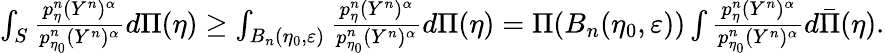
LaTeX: \begin{array}{r}{\int_{S}\frac{p_{\eta}^{n}(Y^{n})^{\alpha}}{p_{\eta_{0}}^{n}(Y^{n})^{\alpha}}d\Pi(\eta)\geq\int_{B_{n}(\eta_{0},\varepsilon)}\frac{p_{\eta}^{n}(Y^{n})^{\alpha}}{p_{\eta_{0}}^{n}(Y^{n})^{\alpha}}d\Pi(\eta)=\Pi(B_{n}(\eta_{0},\varepsilon))\int\frac{p_{\eta}^{n}(Y^{n})^{\alpha}}{p_{\eta_{0}}^{n}(Y^{n})^{\alpha}}d\bar{\Pi}(\eta).}\end{array}